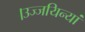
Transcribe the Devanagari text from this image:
।उज्जयिन्यां